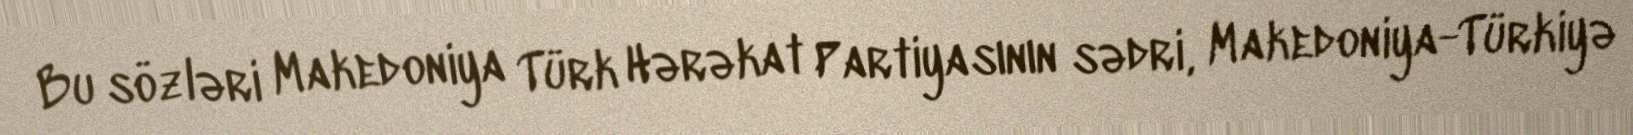
Bu sözləri Makedoniya Türk Hərəkat Partiyasının sədri, Makedoniya-Türkiyə